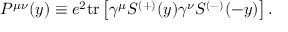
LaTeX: P ^ { \mu \nu } ( y ) \equiv e ^ { 2 } \mathrm { t r } \left[ \gamma ^ { \mu } S ^ { ( + ) } ( y ) \gamma ^ { \nu } S ^ { ( - ) } ( - y ) \right] .